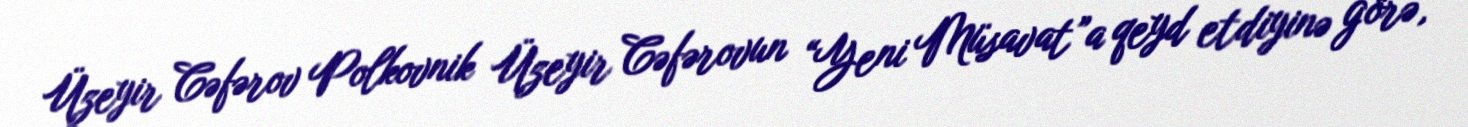
Üzeyir Cəfərov Polkovnik Üzeyir Cəfərovun “Yeni Müsavat”a qeyd etdiyinə görə,